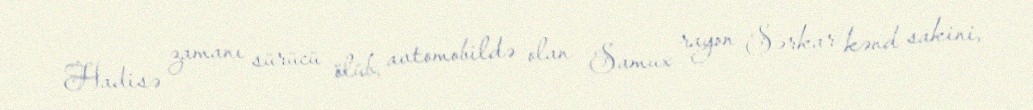
Hadisə zamanı sürücü ölüb, avtomobildə olan Samux rayon Sərkar kənd sakini,